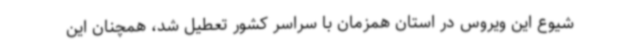
شیوع این ویروس در استان همزمان با سراسر کشور تعطیل شد، همچنان این